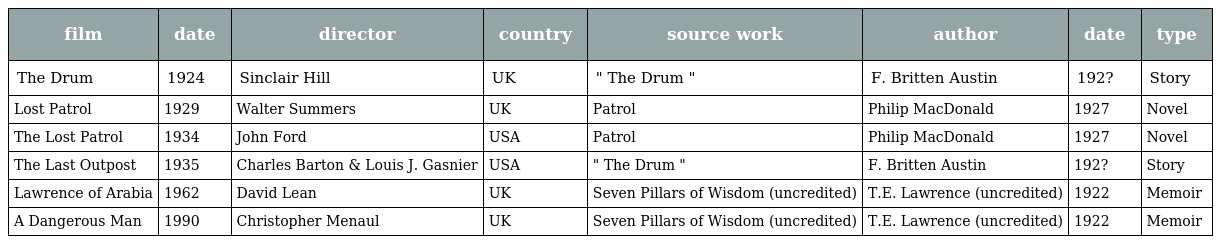
| film | date | director | country | source work | author | date | type |
 | --- | --- | --- | --- | --- | --- | --- | --- |
 | The Drum | 1924 | Sinclair Hill | UK | " The Drum " | F. Britten Austin | 192? | Story |
 | Lost Patrol | 1929 | Walter Summers | UK | Patrol | Philip MacDonald | 1927 | Novel |
 | The Lost Patrol | 1934 | John Ford | USA | Patrol | Philip MacDonald | 1927 | Novel |
 | The Last Outpost | 1935 | Charles Barton & Louis J. Gasnier | USA | " The Drum " | F. Britten Austin | 192? | Story |
 | Lawrence of Arabia | 1962 | David Lean | UK | Seven Pillars of Wisdom (uncredited) | T.E. Lawrence (uncredited) | 1922 | Memoir |
 | A Dangerous Man | 1990 | Christopher Menaul | UK | Seven Pillars of Wisdom (uncredited) | T.E. Lawrence (uncredited) | 1922 | Memoir |